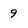
Character: 9